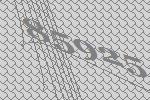
85925